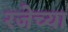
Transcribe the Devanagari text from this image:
रजेच्या